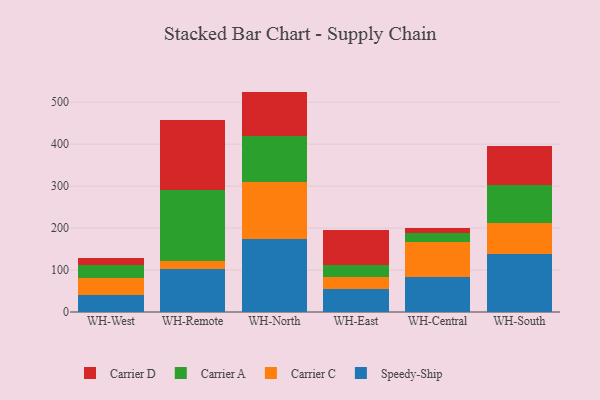
{"axis": {"x": "Warehouse", "y": "Revenue (USD Million)"}, "legend": ["Carrier A", "Carrier C", "Carrier D", "Speedy-Ship"], "data": [{"x": "WH-West", "y": 40.9, "type": "Speedy-Ship"}, {"x": "WH-West", "y": 39.9, "type": "Carrier C"}, {"x": "WH-West", "y": 31.1, "type": "Carrier A"}, {"x": "WH-West", "y": 16.5, "type": "Carrier D"}, {"x": "WH-Remote", "y": 101.9, "type": "Speedy-Ship"}, {"x": "WH-Remote", "y": 20.8, "type": "Carrier C"}, {"x": "WH-Remote", "y": 169.3, "type": "Carrier A"}, {"x": "WH-Remote", "y": 166.3, "type": "Carrier D"}, {"x": "WH-North", "y": 173.5, "type": "Speedy-Ship"}, {"x": "WH-North", "y": 135.5, "type": "Carrier C"}, {"x": "WH-North", "y": 110.6, "type": "Carrier A"}, {"x": "WH-North", "y": 105.8, "type": "Carrier D"}, {"x": "WH-East", "y": 54.9, "type": "Speedy-Ship"}, {"x": "WH-East", "y": 29.1, "type": "Carrier C"}, {"x": "WH-East", "y": 28.7, "type": "Carrier A"}, {"x": "WH-East", "y": 82.2, "type": "Carrier D"}, {"x": "WH-Central", "y": 82.9, "type": "Speedy-Ship"}, {"x": "WH-Central", "y": 85.0, "type": "Carrier C"}, {"x": "WH-Central", "y": 20.5, "type": "Carrier A"}, {"x": "WH-Central", "y": 10.7, "type": "Carrier D"}, {"x": "WH-South", "y": 137.4, "type": "Speedy-Ship"}, {"x": "WH-South", "y": 75.7, "type": "Carrier C"}, {"x": "WH-South", "y": 90.2, "type": "Carrier A"}, {"x": "WH-South", "y": 91.8, "type": "Carrier D"}]}